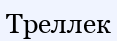
Треллек